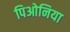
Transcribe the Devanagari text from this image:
पिओनिया